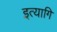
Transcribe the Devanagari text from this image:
इत्यागि